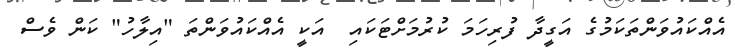
އެއްކައުވަންތަކަމުގެ އަގީދާ ފުރިހަމަ ކުރުމަށްޓަކައި  އަކީ އެއްކައުވަންތަ "އިލާހު" ކަން ވެސް